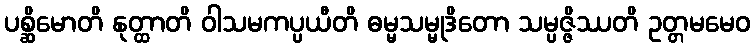
ပစ္ဆိမောတိ နုတ္ထာတိ ဝါသမကပ္ပယီတိ ဓမ္မသမ္မုဒိတော သမ္ပဇ္ဇိဿတိ ဥတ္တမမေဝ